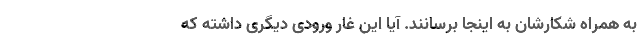
به همراه شکارشان به اینجا برسانند. آیا این غار ورودی دیگری داشته که